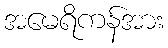
အမေရိကန်အား